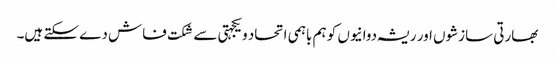
بھارتی سازشوں اور ریشہ دوانیوں کو ہم باہمی اتحاد ویکجہتی سے شکت فاش دے سکتے ہیں۔